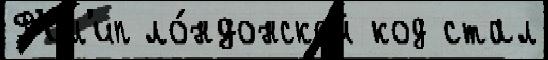
Ф'ил'ип ло́ндонской код стал